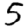
Digit: 5